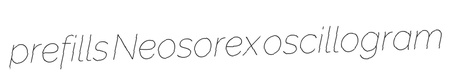
prefills Neosorex oscillogram